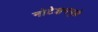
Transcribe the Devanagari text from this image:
नोटेशनमुळे